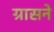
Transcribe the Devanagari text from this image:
ग्रासने